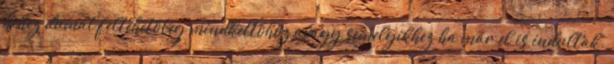
kihez dumál,feltehetőleg mindkettőhöz,avagy semelyikhez ha már el is indultak.